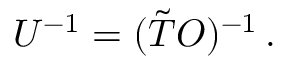
\begin{array} { r } { { U } ^ { - 1 } = ( \tilde { T } O ) ^ { - 1 } \, . } \end{array}